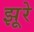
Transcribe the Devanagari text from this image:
झूरे